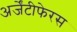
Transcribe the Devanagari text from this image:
अर्जेंटीफेरस